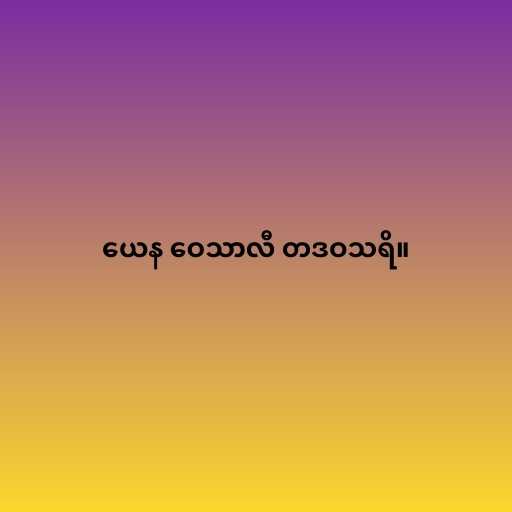
ယေန ဝေသာလီ တဒဝသရိ။